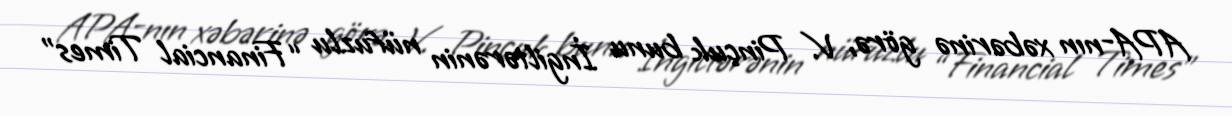
APA-nın xəbərinə görə, V. Pinçuk bunu İngiltərənin nüfuzlu “Financial Times”